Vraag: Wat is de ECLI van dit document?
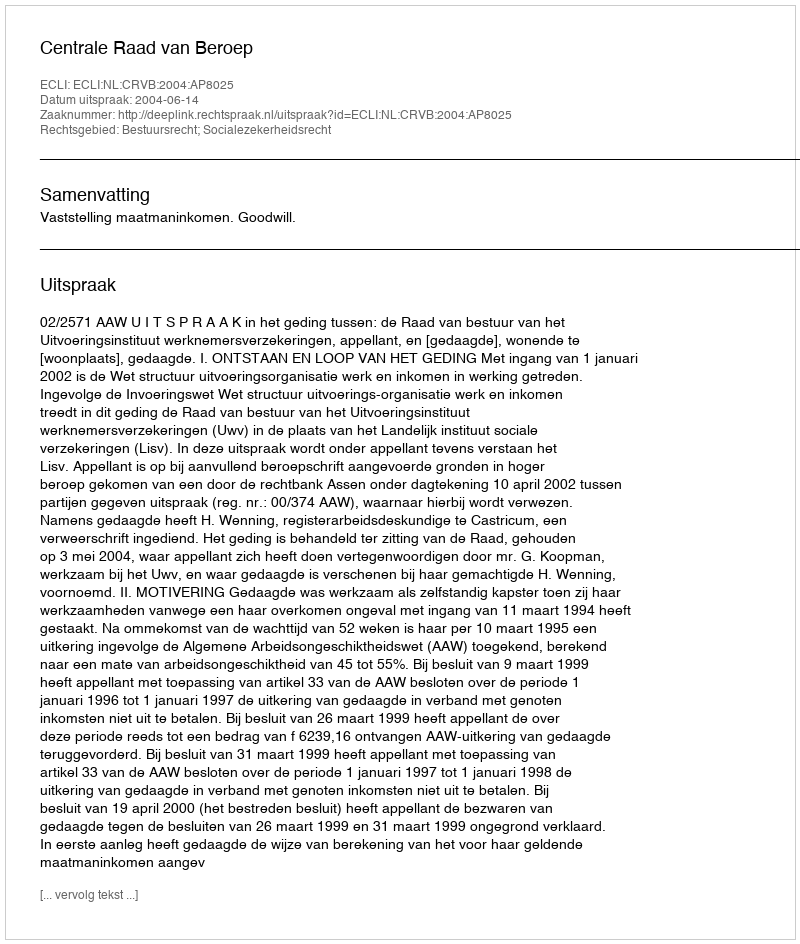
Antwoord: ECLI:NL:CRVB:2004:AP8025